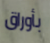
بأوراق